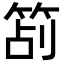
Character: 𥭔